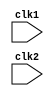
module pipe_MIPS32 (clk1, clk2);

input clk1,clk2;

reg [31:0]  PC, IF_ID_IR, IF_ID_NPC;
reg [31:0] ID_EX_IR, ID_EX_NPC, ID_EX_A, ID_EX_B, ID_EX_Imm;
reg [2:0] ID_EX_type, EX_MEM_type, MEM_WB_type;
reg [31:0]  EX_MEM_IR, EX_MEM_ALUout,EX_MEM_B;
reg EX_MEM_cond;
reg [31:0] MEM_WB_IR, MEM_WB_ALUout,MEM_WB_LMD;

reg [31:0] Reg [0:31];
reg [31:0] Mem [0:1023];

parameter ADD=6'b000000, SUB=6'b000001, AND=6'b000010,  OR=6'b000011,
		SLT=6'b000100, MUL=6'b000101, HLT=6'b111111, LW=6'b001000,
	    SW=6'b001001, ADDI=6'b001010, SUBI=6'b001011, SLTI=6'b001100,
		BNEQZ= 6'b001101, BEQZ=6'b001110;
	 	
parameter RR_ALU= 3'b000, RM_ALU= 3'b001, LOAD= 3'b010, STORE =3'b011, 
			BRANCH = 3'b100, HALT= 3'b101;


reg HALTED;

reg TAKEN_BRANCH;

always @(posedge clk1)    // IF
	if (HALTED==0)
		begin
		if (((EX_MEM_IR[31:26] == BEQZ) &&  (EX_MEM_cond ==1)) ||
			((EX_MEM_IR[31:26] == BNEQZ) &&  (EX_MEM_cond ==0)))
			begin
				IF_ID_IR <= #2 Mem[EX_MEM_ALUout];
				TAKEN_BRANCH <= #2 1'b1;
				IF_ID_NPC <= #2 EX_MEM_ALUout+1;
				PC        <= #2 EX_MEM_ALUout+1;
			end
		else 
			begin
				IF_ID_IR  <= #2 Mem[PC];
				IF_ID_NPC <= #2 PC+1;
				PC        <= #2 PC+1;
			end
	    end
		
always @ (posedge clk2)   //ID
	if (HALTED==0)
		begin
			if (IF_ID_IR[25:21] == 5'b00000) 
				ID_EX_A <=  #2 0;
			else 
				ID_EX_A <= #2 Reg[IF_ID_IR[25:21]];  // rs
				
			if (IF_ID_IR[20:16] == 5'b00000) 
				ID_EX_B <= #2 0;
			else 
				ID_EX_B <= #2 Reg[IF_ID_IR[20:16]];	//rt
				
			ID_EX_NPC <= #2 IF_ID_NPC;
			ID_EX_IR  <=  #2  IF_ID_IR;
			ID_EX_Imm  <= #2 {{ 16{IF_ID_IR[15]}},{IF_ID_IR[15:0]}};
			
			case (IF_ID_IR[31:26])
				ADD,SUB,AND,OR,SLT,MUL:  ID_EX_type <= #2 RR_ALU;
				ADDI,SUBI,SLTI:          ID_EX_type <= #2 RM_ALU; 
				LW:                      ID_EX_type <= #2 LOAD;
				SW:                      ID_EX_type <= #2 STORE;
				BEQZ,BNEQZ:              ID_EX_type <= #2 BRANCH;
				HLT:				     ID_EX_type <= #2 HALT;
				default:                 ID_EX_type <= #2 HALT;
				
			endcase
		end


always @ (posedge clk1)   //EX stage
	if (HALTED==0)
		begin		
			EX_MEM_type <= #2 ID_EX_type;
			EX_MEM_IR   <= #2 ID_EX_IR;
			TAKEN_BRANCH <= #2 0;
			
			case (ID_EX_type)
			RR_ALU: begin
					case(ID_EX_IR[31:26]) 
					ADD:  EX_MEM_ALUout <= #2  ID_EX_A + ID_EX_B;
					SUB:  EX_MEM_ALUout <= #2  ID_EX_A - ID_EX_B;
					AND:  EX_MEM_ALUout <= #2  ID_EX_A & ID_EX_B;
					OR:   EX_MEM_ALUout <= #2  ID_EX_A | ID_EX_B;
					SLT:  EX_MEM_ALUout <= #2  ID_EX_A < ID_EX_B;
					MUL:  EX_MEM_ALUout <= #2  ID_EX_A * ID_EX_B;
					default: EX_MEM_ALUout <= #2 32'hxxxxxxxx;
					endcase
					end
			RM_ALU: begin
					case(ID_EX_IR[31:26])
					ADDI:  EX_MEM_ALUout <= #2  ID_EX_A + ID_EX_Imm;
					SUBI:  EX_MEM_ALUout <= #2  ID_EX_A - ID_EX_Imm;
					SLTI:  EX_MEM_ALUout <= #2  ID_EX_A < ID_EX_Imm;
					default: EX_MEM_ALUout <= #2 32'hxxxxxxxx;
					endcase
					end
			LOAD,STORE: 
					begin
					EX_MEM_ALUout <= #2 ID_EX_A+ ID_EX_Imm;
					EX_MEM_B      <= #2 ID_EX_B;
					end
			BRANCH: begin
					EX_MEM_ALUout <= #2 ID_EX_NPC + ID_EX_Imm;
					EX_MEM_cond   <= #2 (ID_EX_A==0);
					end
			endcase
		end

always @ (posedge clk2)     // MEM stage
	if (HALTED == 0)
		begin
			MEM_WB_type <= #2 EX_MEM_type;
			MEM_WB_IR   <= #2 EX_MEM_IR;
			
			case (EX_MEM_type)
			RR_ALU, RM_ALU: 
					MEM_WB_ALUout <= #2 EX_MEM_ALUout;
			LOAD:
					MEM_WB_LMD  <= #2  Mem[EX_MEM_ALUout];
			STORE:
					if (TAKEN_BRANCH ==0)  
						Mem[EX_MEM_ALUout] <= #2 EX_MEM_B;
			endcase
		end

always @ (posedge clk1)   //WB stage
	begin
		if (TAKEN_BRANCH==0)
		case (MEM_WB_type)
		RR_ALU:
			Reg[MEM_WB_IR[15:11]] <= #2 MEM_WB_ALUout; //rd
		RM_ALU: 
			Reg[MEM_WB_IR[20:16]] <= #2 MEM_WB_ALUout; //rt
		LOAD: 
			Reg[MEM_WB_IR[20:16]] <= #2 MEM_WB_LMD; //rt 
		HALT:  HALTED <= #2 1'b1;
		endcase
	end
endmodule